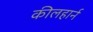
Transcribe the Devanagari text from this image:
कीलहार्न